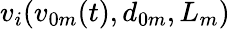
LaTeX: v_{i}(v_{0m}(t),d_{0m},L_{m})